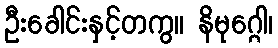
ဦးခေါင်းနှင့်တကွ။ နိမုဂ္ဂေါ၊